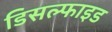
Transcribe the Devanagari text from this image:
डिसल्फाइड